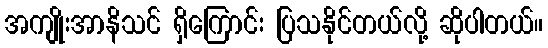
အကျိုးအာနိသင် ရှိကြောင်း ပြသနိုင်တယ်လို့ ဆိုပါတယ်။